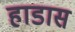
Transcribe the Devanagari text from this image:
हाडास